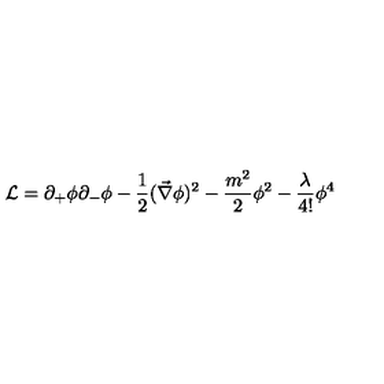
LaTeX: { \cal L } = \partial _ { + } \phi \partial _ { - } \phi - \frac { 1 } { 2 } ( \vec { \nabla } \phi ) ^ { 2 } - \frac { m ^ { 2 } } { 2 } \phi ^ { 2 } - \frac { \lambda } { 4 ! } \phi ^ { 4 }